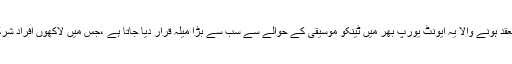
جرمنی میں منعقد ہونے والا یہ ایونٹ یورپ بھر میں ٹینکو موسیقی کے حوالے سے سب سے بڑا میلہ قرار دیا جاتا ہے ،جس میں لاکھوں افراد شرکت کرتے ہیں۔